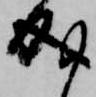
成